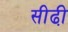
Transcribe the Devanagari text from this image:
सीढी़